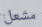
مشعل